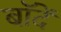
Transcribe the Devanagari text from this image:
बॉदें